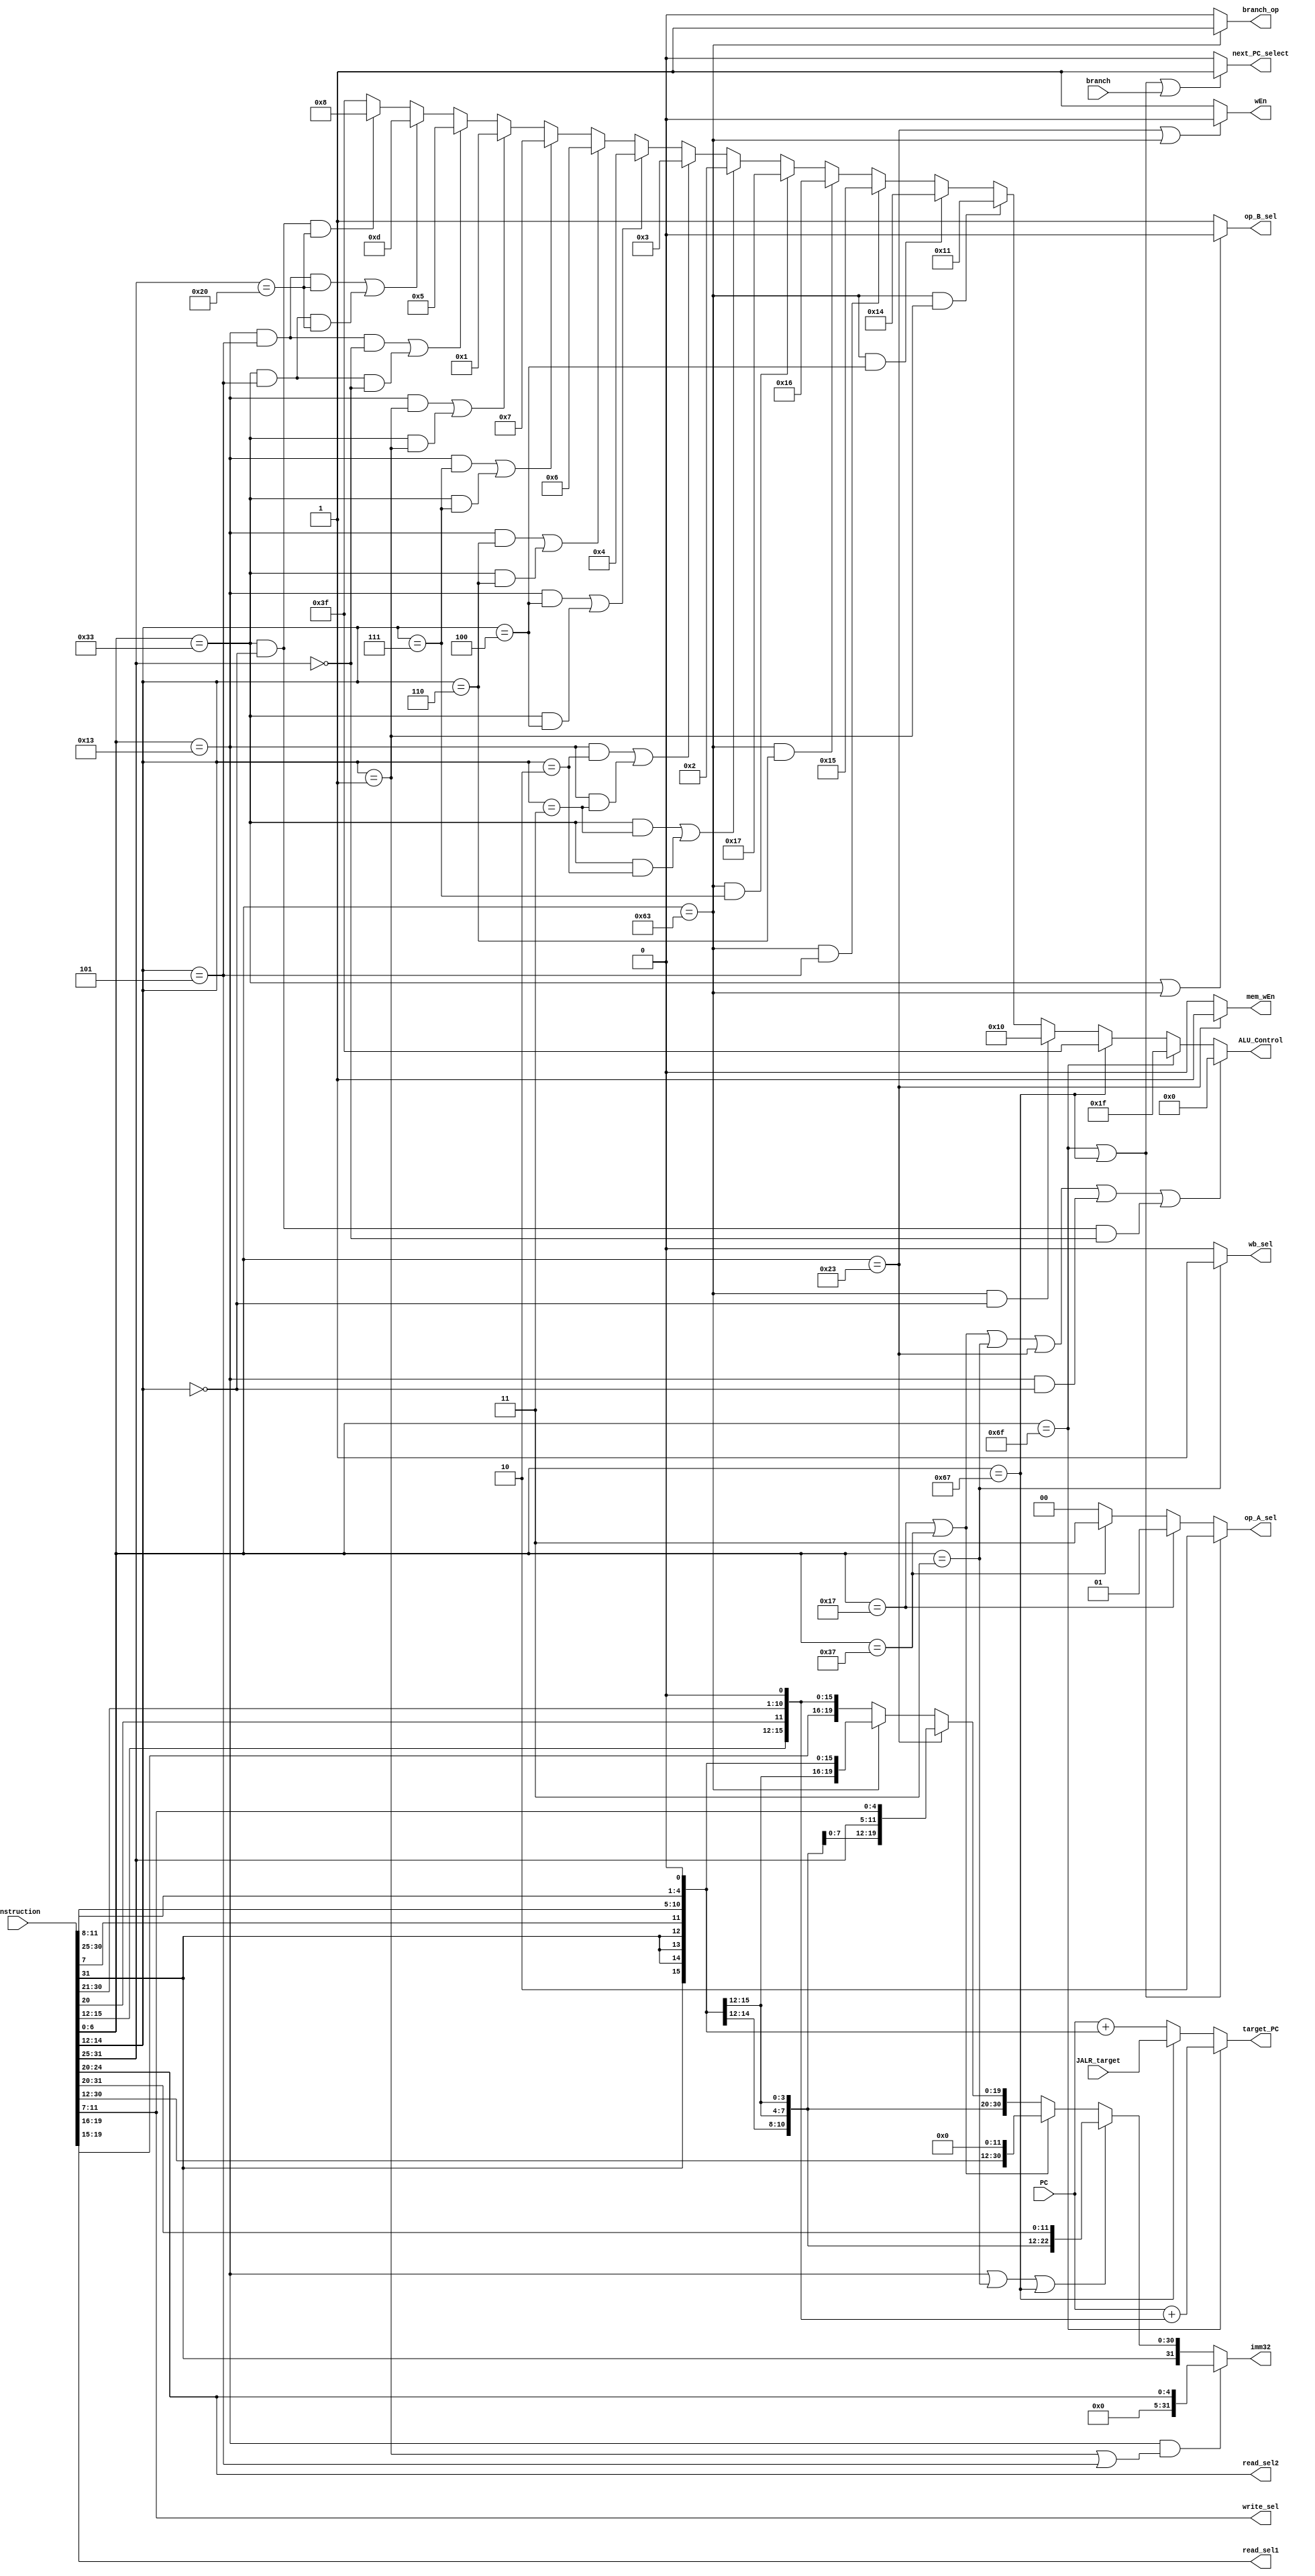
`timescale 1ns / 1ps
// Name: Quinn Meurer, Frank Yang, Alex Salmi
// BU ID: UXXXXXXXX, UXXXXXXXX, UXXXXXXXX
// EC413 Project: Decode Module

module decode #(
  parameter ADDRESS_BITS = 16
) (
  // Inputs from Fetch
  input [ADDRESS_BITS-1:0] PC,
  input [31:0] instruction,

  // Inputs from Execute/ALU
  input [ADDRESS_BITS-1:0] JALR_target,
  input branch,

  // Outputs to Fetch
  output next_PC_select,
  output [ADDRESS_BITS-1:0] target_PC,

  // Outputs to Reg File
  output [4:0] read_sel1,
  output [4:0] read_sel2,
  output [4:0] write_sel,
  output wEn,

  // Outputs to Execute/ALU
  output branch_op, // Tells ALU if this is a branch instruction
  output [31:0] imm32,
  output [1:0] op_A_sel,
  output op_B_sel,
  output [5:0] ALU_Control,

  // Outputs to Memory
  output mem_wEn,

  // Outputs to Writeback
  output wb_sel

);

localparam [6:0]R_TYPE  = 7'b0110011,
                I_TYPE  = 7'b0010011,
                STORE   = 7'b0100011,
                LOAD    = 7'b0000011,
                BRANCH  = 7'b1100011,
                JALR    = 7'b1100111,
                JAL     = 7'b1101111,
                AUIPC   = 7'b0010111,
                LUI     = 7'b0110111;


// These are internal wires that I used. You can use them but you do not have to.
// Wires you do not use can be deleted.
wire[6:0]  s_imm_msb;
wire[4:0]  s_imm_lsb;
wire[19:0] u_imm;
wire[11:0] i_imm_orig;
wire[19:0] uj_imm;
wire[11:0] s_imm_orig;
wire[12:0] sb_imm_orig;

wire[31:0] sb_imm_32;
wire[31:0] u_imm_32;
wire[31:0] i_imm_32;
wire[31:0] s_imm_32;
wire[31:0] uj_imm_32;

wire[4:0] shamt;
wire[31:0] shamt32;

wire [6:0] opcode;
wire [6:0] funct7;
wire [2:0] funct3;
wire [1:0] extend_sel;
wire [ADDRESS_BITS-1:0] branch_target;
wire [ADDRESS_BITS-1:0] JAL_target;


// Read registers
assign read_sel2  = instruction[24:20];
assign read_sel1  = instruction[19:15];

/* Instruction decoding */
assign opcode = instruction[6:0];
assign funct7 = instruction[31:25];
assign funct3 = instruction[14:12];

/* Write register */
assign write_sel = instruction[11:7];

assign s_imm_msb = instruction[31:25];
assign s_imm_lsb = instruction[11:7];
assign u_imm = instruction[31:12];
assign i_imm_orig = instruction[31:20];
assign uj_imm = {instruction[31],instruction[19:12],instruction[20],instruction[30:21]};
assign s_imm_orig = {s_imm_msb,s_imm_lsb};
assign sb_imm_orig = {instruction[31],instruction[7],instruction[30:25],instruction[11:8],1'b0};

assign shamt = i_imm_orig[4:0];
assign shamt32 = {{27{1'b0}},shamt};

assign sb_imm_32 = {{19{sb_imm_orig[12]}}, sb_imm_orig};
assign u_imm_32 = {u_imm, 12'b0};
assign i_imm_32 = {{20{i_imm_orig[11]}}, i_imm_orig};
assign s_imm_32 = {{20{s_imm_orig[11]}}, s_imm_orig};
assign uj_imm_32 = {{11{uj_imm[19]}}, uj_imm , 1'b0};

assign opcode = instruction[6:0];
assign funct7 = instruction[31:25];
assign funct3 = instruction[14:12];

// assign extend_sel = ????
// ask if these are right V
assign branch_target = PC + {{3{sb_imm_orig[12]}},sb_imm_orig};
assign JAL_target = PC + uj_imm_32[15:0];
assign target_PC = opcode == JAL ? JAL_target :
						 opcode == JALR ? JALR_target :
						 branch_target; //don't care about other cases because selector

assign next_PC_select = opcode == JAL || opcode == JALR || branch == 1'b1 ? 1'b1 : 1'b0;

assign wEn = opcode == STORE || opcode == BRANCH ? 0 : 1;

assign branch_op = opcode == BRANCH ? 1 : 0;

assign imm32 = opcode == I_TYPE && (funct3 == 3'b001 || funct3 == 3'b101) ? shamt32 :
					opcode == I_TYPE || opcode == LOAD || opcode == JALR ? i_imm_32 :
					opcode == AUIPC || opcode == LUI ? u_imm_32 :
					opcode == STORE ? s_imm_32 :
					opcode == BRANCH ? sb_imm_32 :
					uj_imm_32; //

// 00 for read data 1, 01 for auipic (PC), 10 for JALR (PC + 4), 11 for LUI (zero)
assign op_A_sel = opcode == JALR || opcode == JAL ? 2'b10 :
						opcode == AUIPC ? 2'b01 :
						opcode == LUI ? 2'b11 :
						2'b00;

assign op_B_sel = opcode == R_TYPE || opcode == BRANCH ? 1'b0 : 1'b1; // 0 for register2, 1 for immediate. Think that u don't care about jal and jalr


assign ALU_Control = opcode == LUI || opcode == AUIPC || opcode == LOAD || opcode == STORE || (opcode == I_TYPE && funct3 == 3'b000) || (opcode == R_TYPE && funct3 == 3'b000 && funct7 == 7'b0000000) ? 6'b000000 :
							opcode == JAL ? 6'b011111 :
							opcode == JALR ? 6'b111111 :
							opcode == BRANCH && funct3 == 3'b000 ? 6'b010000 :
							opcode == BRANCH && funct3 == 3'b001 ? 6'b010001 :
							opcode == BRANCH && funct3 == 3'b100 ? 6'b010100 :
							opcode == BRANCH && funct3 == 3'b101 ? 6'b010101 :
							opcode == BRANCH && funct3 == 3'b110 ? 6'b010110 :
							opcode == BRANCH && funct3 == 3'b111 ? 6'b010111 :
							(opcode == R_TYPE && funct3 == 3'b011) || (opcode == R_TYPE && funct3 == 3'b010) ? 6'b000010 :
							(opcode == I_TYPE && funct3 == 3'b010) || (opcode == I_TYPE && funct3 == 3'b011) ? 6'b000011 :
							(opcode == I_TYPE && funct3 == 3'b100) || (opcode == R_TYPE && funct3 == 3'b100) ? 6'b000100 :
							(opcode == I_TYPE && funct3 == 3'b110) || (opcode == R_TYPE && funct3 == 3'b110) ? 6'b000110 :
							(opcode == I_TYPE && funct3 == 3'b111) || (opcode == R_TYPE && funct3 == 3'b111) ? 6'b000111 :
							(opcode == I_TYPE && funct3 == 3'b001) || (opcode == R_TYPE && funct3 == 3'b001) ? 6'b000001 :
							(opcode == I_TYPE && funct3 == 3'b101 && funct7 == 7'b0000000) || (opcode == R_TYPE && funct3 == 3'b101 && funct7 == 7'b0000000) ? 6'b000101 :
							(opcode == I_TYPE && funct3 == 3'b101 && funct7 == 7'b0100000) || (opcode == R_TYPE && funct3 == 3'b101 && funct7 == 7'b0100000) ? 6'b001101 :
							(opcode == R_TYPE && funct3 == 3'b000 && funct7 == 7'b0100000) ? 6'b001000 :
							6'b111111; //Should never be 111111

assign mem_wEn = opcode == STORE ? 1'b1 : 1'b0; //1 if STORE 0 otherwise

assign wb_sel = opcode == LOAD ? 1'b1 : 1'b0; //1 if LOAD 0 otherwise


endmodule